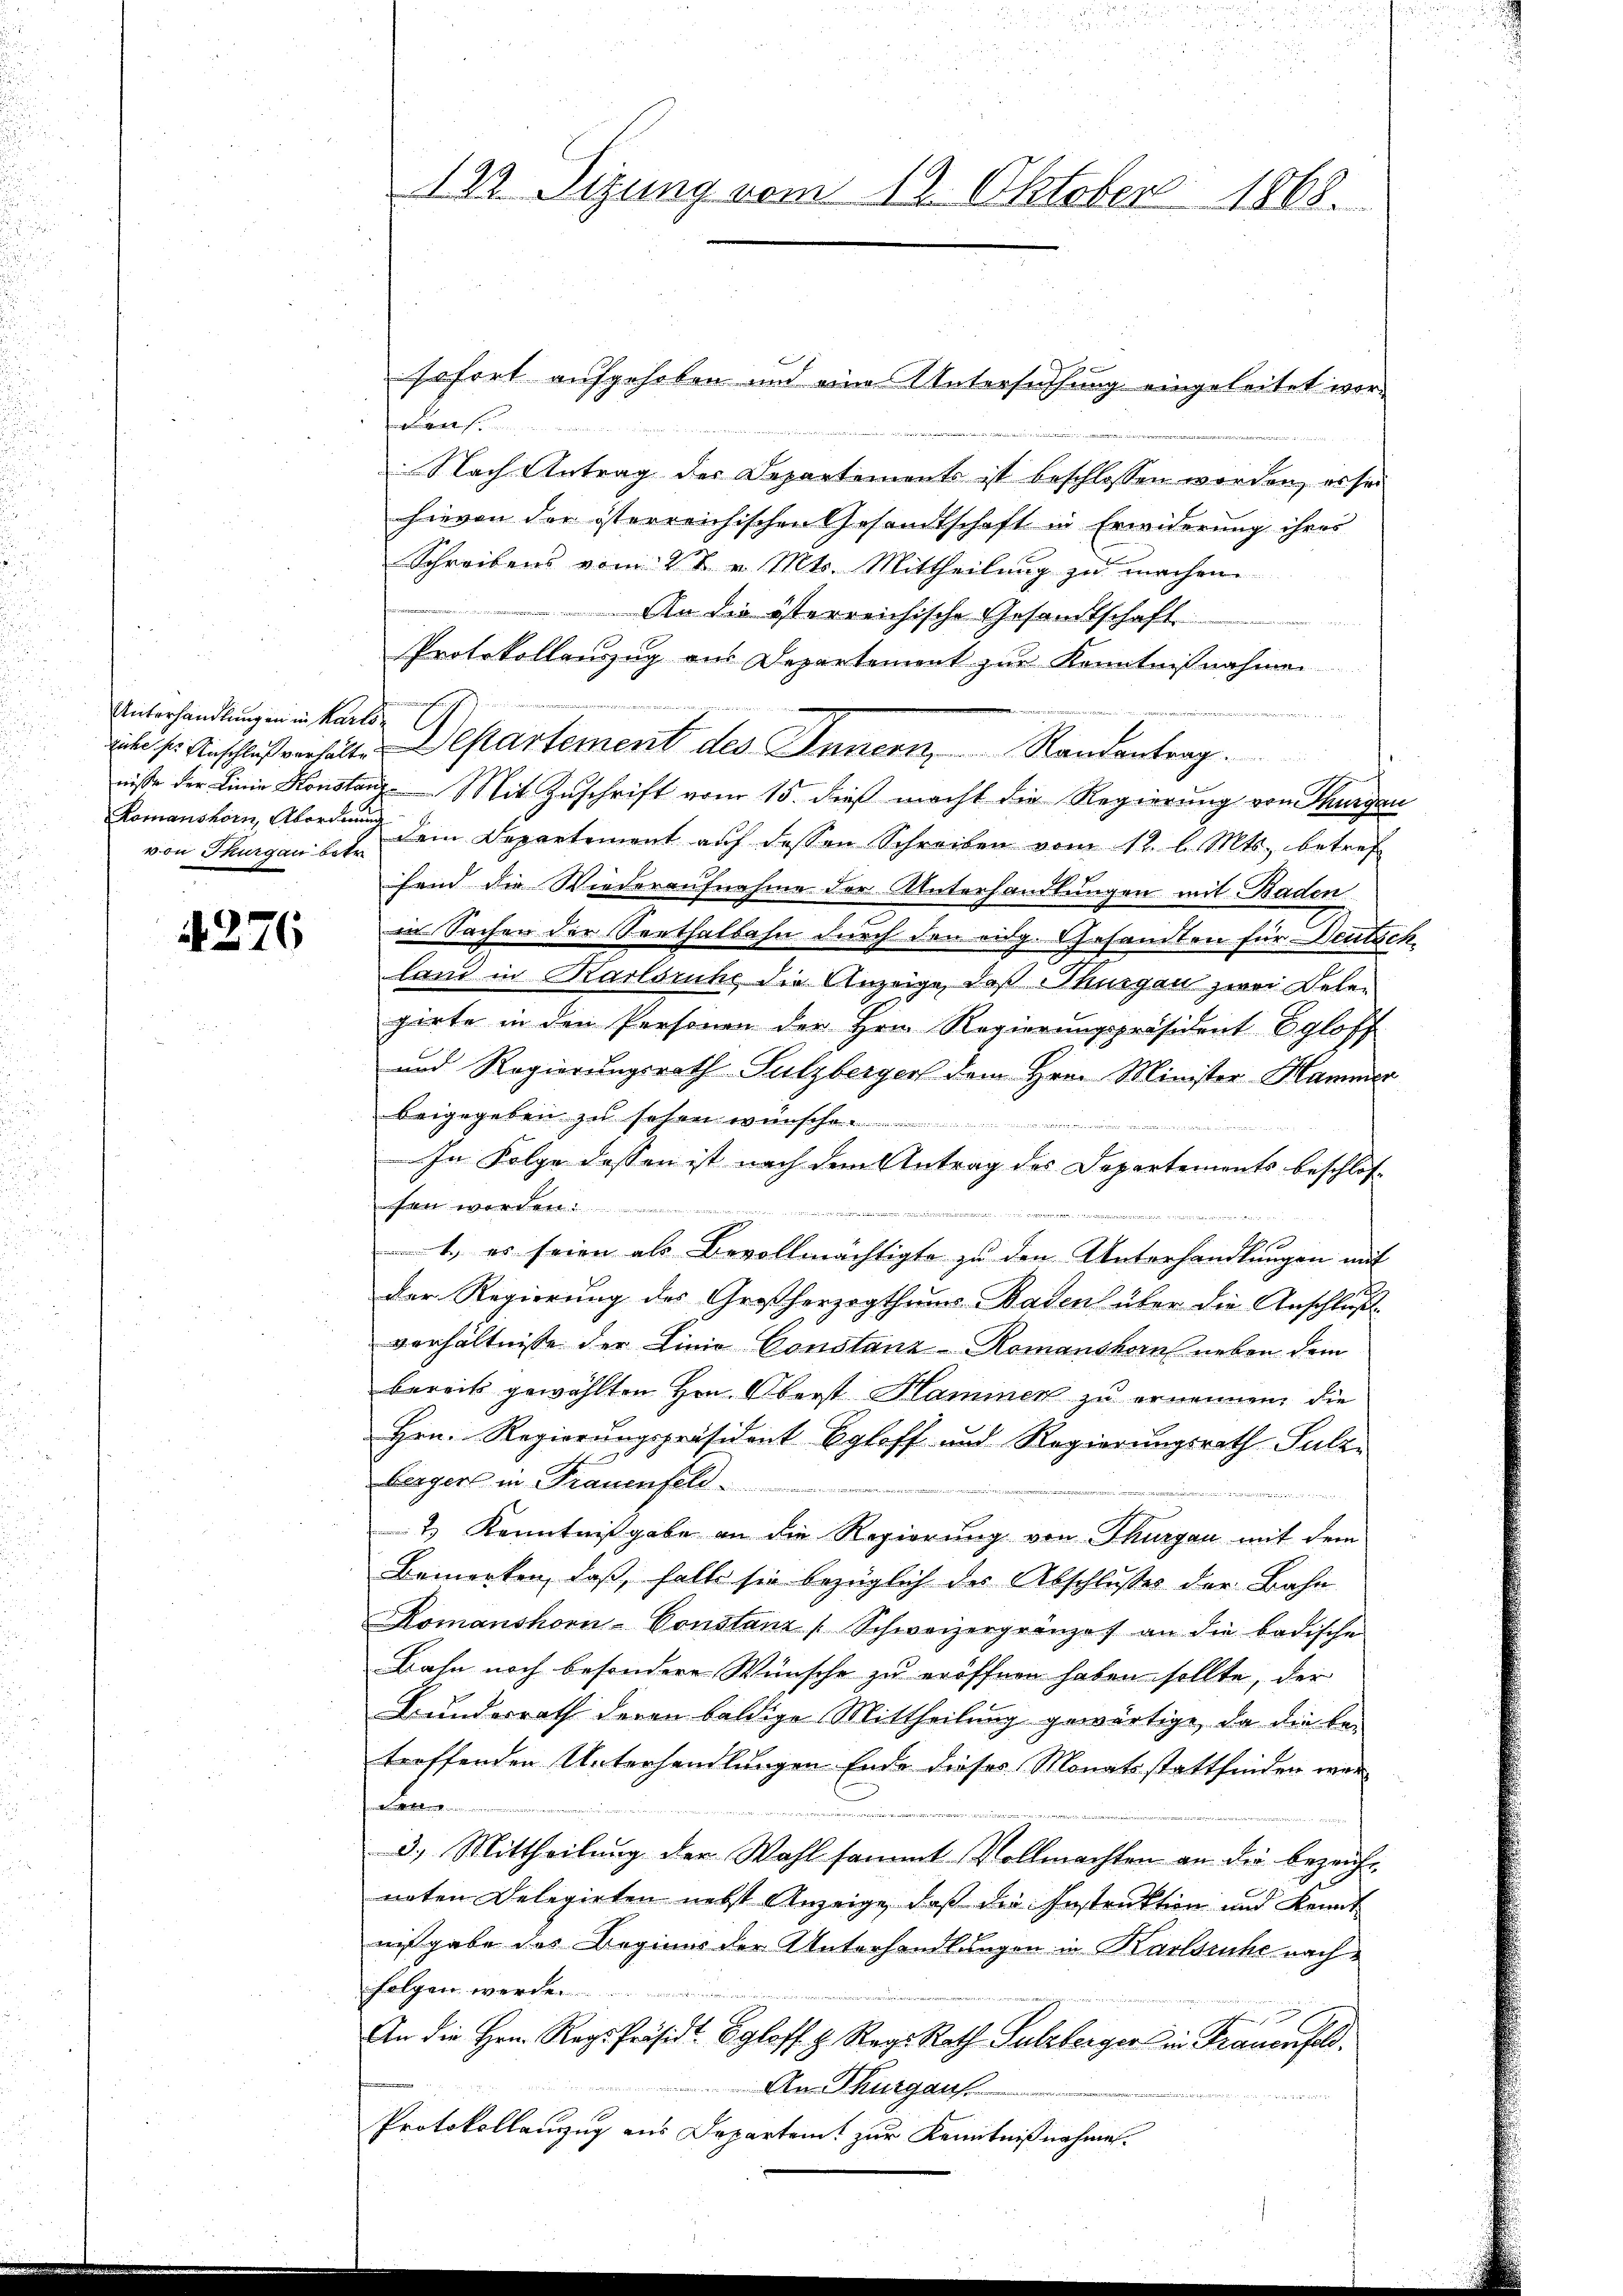
Unterhandlung in in Karl
Romanshorn, Aborderum

4276

122 Sizung vom 12. Oktober 1868.

sofort aufgehoben und eine Untersuchung eingeleitet wore
Nach Antrag des Departements ist beschlossen worden, ersei
hievon der österreichischen Gesandtschaft in Erwiderung ihres
Schreibens vom 27. v. Mts. Mittheilung zu machen.
An die österreichische Gesandtschaft
c
Protokollenzug aus Departement zur Kenntnißnahmen
ih sr. Anschlußverhälte Departement des Innern, Randantrag.
nisse der Linie Konstanz Mit Zuschrift vom 15. dieß macht die Regierung von Thurgau
von Thurgau st. Dein Departement aŭf dessen Schreiben vom 12. l. Mts. betref
fend die Wiederaufnahme der Unterhandlungen mit Baden
in Sachen der Seethalbahn durch den eidg. Gesandten für Deutsch
land in Karlsruhe die Anzeige, daß Thurgau zwei Deten
.
gärte in den Personen der Hrn. Regierungspräsident Egloff
und Regierungsrath Sulzbergers dem Hrn. Minister Hammer
beigegeben zu sehen wünsche
22. Der 225

In Folge dessen ist nach dem Antrag des Departements beschlost wo
 Finan
2
x
s
1.) es seien als Bevollmächtigte zu den Unterhandlungen mit
der Regierung des Großherzogthums- Badens über die Anschluße
verhältnisse der Linie Constanz Romanshorn neben dem
bereits gewählten Hrn. Oberst Hammen zu ernennen, die
Hrn. Regierungspräsident Egloff und Regierungsrath Sulzbergers in Frauenfeld
2) Kenntnißgabe an die Regierung von Thurgau mit dem
Bemerken, daß, falle sie bezüglich der Abschlußes der Bahn
Komanshorn-Constanz Schweizergränze an die badische
Bahn noch besondere Wünsche zu eröffnen haben sollte, der
Bundesrath deren baldige Mittheilung gewärtige, da die betreffenden Unterhandlungen Ende dieses Monatsstattfinden wer¬
Lorenen
3.) Mittheilung der Wahl sammt Vollmachten an die bezeicht
naten Delegirten nebst Anzeige, daß die Instruktion und Kennt
nißgabe das Beginns der Unterhandlungen in Karlsruhe nach
folgen werden
n
An die Hrn. Regs-Präsidt. Egloff z. Reg. Rath Sulzberger in Frauenfeld.
An Thurgauf
Protokollanzug aus Departent zur Kenntnißnahmen.

n